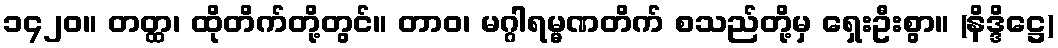
၁၄၂၀။ တတ္ထ၊ ထိုတိက်တို့တွင်။ တာဝ၊ မဂ္ဂါရမ္မဏတိက် စသည်တို့မှ ရှေးဦးစွာ။ (နိဒ္ဒိဋ္ဌေ)